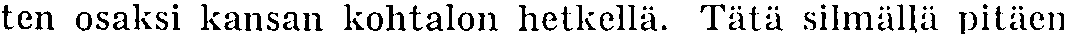
ten osaksi kansan kohtalon hetkellä. Tätä silmällä pitäen